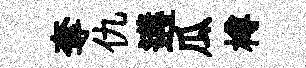
奪仇遘瓜樽